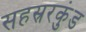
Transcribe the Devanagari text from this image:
सहस्ररकुंड